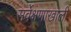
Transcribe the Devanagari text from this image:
सर्वेक्षणाखाली